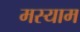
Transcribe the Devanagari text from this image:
मस्याम